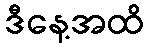
ဒီနေ့အထိ